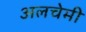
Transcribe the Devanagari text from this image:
अलचेमी